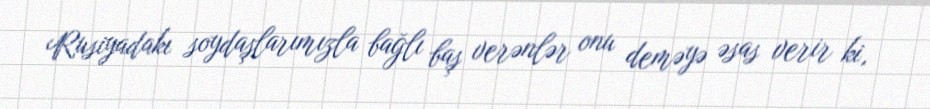
Rusiyadakı soydaşlarımızla bağlı baş verənlər onu deməyə əsas verir ki,